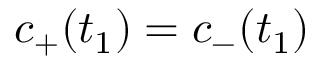
c _ { + } ( t _ { 1 } ) = c _ { - } ( t _ { 1 } )